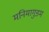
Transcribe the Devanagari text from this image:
मनिमागुडम